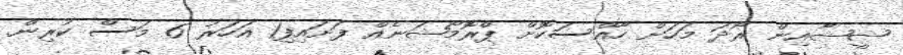
ޝީޝާއިން ރޯދަ މަހަށް ހާއްސަކޮށް ޕްރޮމޯޝަނެއް ފަށައިފި1 އަހަރު 6 މަސް ކުރިން.